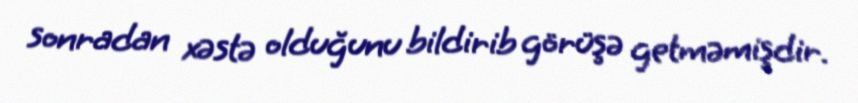
sonradan xəstə olduğunu bildirib görüşə getməmişdir.